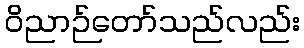
ဝိညာဉ်တော်သည်လည်း